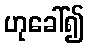
ဟုခေါ်၍